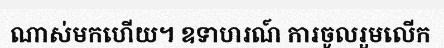
ណាស់មកហើយ។ ឧទាហរណ៍ ការចូលរួមលើក